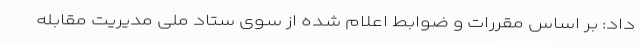
داد: بر اساس مقررات و ضوابط اعلام شده از سوی ستاد ملی مدیریت مقابله